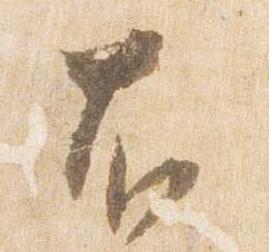
右